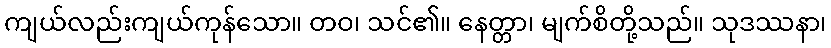
ကျယ်လည်းကျယ်ကုန်သော။ တဝ၊ သင်၏။ နေတ္တာ၊ မျက်စိတို့သည်။ သုဒဿနာ၊